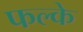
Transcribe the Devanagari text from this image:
फल्के